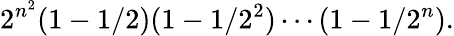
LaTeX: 2^{n^{2}}(1-1/2)(1-1/2^{2})\cdots(1-1/2^{n}).